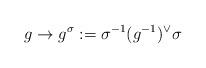
LaTeX: \begin{align*}g \rightarrow g^{\sigma}:=\sigma^{-1}(g^{-1})^{\vee} \sigma\end{align*}